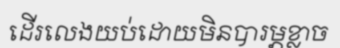
ដើរលេងយប់ដោយមិនបារម្ភខ្លាច